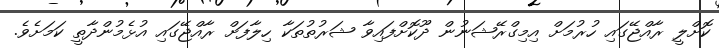
ކޮށްލީ ރާއްޖޭގައި ހުރުމަށް އިމިގްރޭޝަނުން ދޫކޮށްފައިވާ ޝަރުތުތަކާ ހިލާފަށް ރާއްޖޭގައި އުޅެމުންދާތީ ކަމަށެވެ.